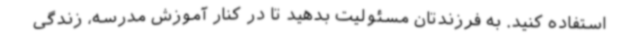
استفاده کنید. به فرزندتان مسئولیت بدهید تا در کنار آموزش مدرسه، زندگی